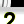
Digit: 2